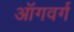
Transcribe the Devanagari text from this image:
ऑगवर्ग